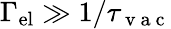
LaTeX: \Gamma_{\mathrm{el}}\gg 1/\tau_{\mathrm{~v~a~c~}}